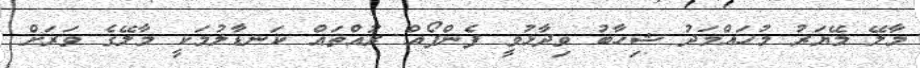
މާލޭ މޭޔަރު މުހައްމަދު ޝިހާބު ވިދާޅުވީ ފެންފޯއް ރުއްތައް ކަނޑާލުމަކީ މާލޭގެ ވަރަށް